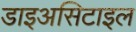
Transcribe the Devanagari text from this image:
डाइअसिटाइल